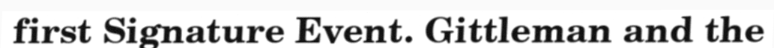
first Signature Event. Gittleman and the